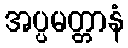
အပ္ပမတ္တာနံ